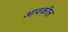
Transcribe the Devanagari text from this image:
आवकील